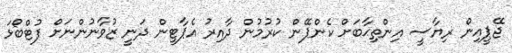
ޖޭޕީއިން ރިޔާސީ އިންތިޙާބަށް ކެންޕޭން ކުރުމުން ދާއިރު އެޕާޓީން ދަނީ ޒުވާނުންނަށް ފުޓްބޯޅަ